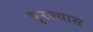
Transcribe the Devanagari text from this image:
पुरल्यास